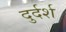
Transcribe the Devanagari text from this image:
दुर्दर्श